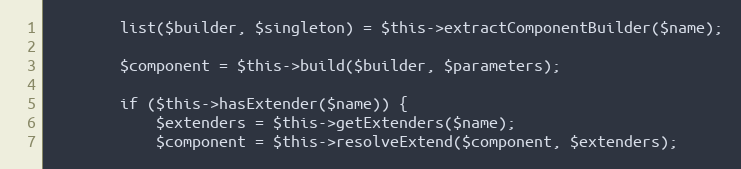
Language: PHP
		list($builder, $singleton) = $this->extractComponentBuilder($name);

		$component = $this->build($builder, $parameters);

		if ($this->hasExtender($name)) {
			$extenders = $this->getExtenders($name);
			$component = $this->resolveExtend($component, $extenders);